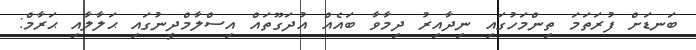
ބަނޑަށް ފުރަތަމަ ތިންމަހުގައި ނިދާއިރު ދިމާވާ ބައެއް އުދަގޫތައް އިސްލާމްދީނުގައި ޙަލާލާއި ޙަރާމް: